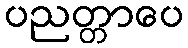
ပညတ္တာပေ